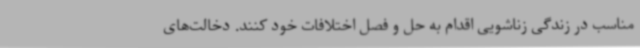
مناسب در زندگی زناشویی اقدام به حل و فصل اختلافات خود کنند. دخالت‌های